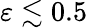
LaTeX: \varepsilon\lesssim 0.5